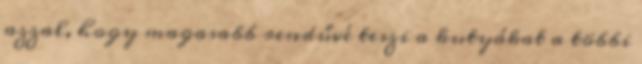
azzal, hogy magasabb rendűvé teszi a kutyákat a többi